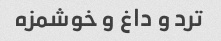
ترد و داغ و خوشمزه